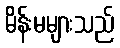
မိန်းမများသည်